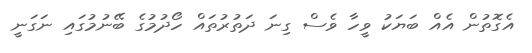
އެގޮތުން އެއް ބަޔަކު ވީހާ ވެސް ގިނަ ދަތުރުތައް ހޯދުމުގެ ބޭނުމުގައި ނަގަނީ